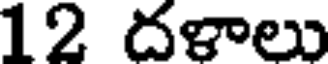
12 దళాలు